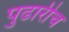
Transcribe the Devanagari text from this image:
पुढारीच